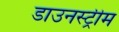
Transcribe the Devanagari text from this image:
डाउनस्‍ट्रीम